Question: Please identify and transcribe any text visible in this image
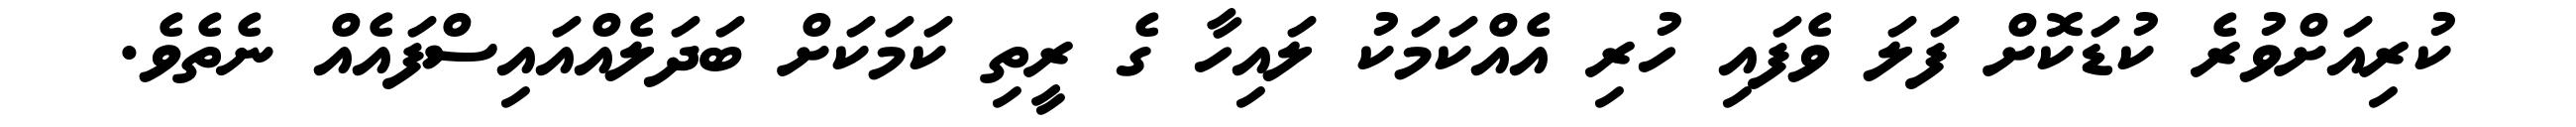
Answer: ކުރިއަށްވުރެ ކުޑަކޮށް ފަލަ ވެފައި ހުރި އެއްކަމަކު ލައިހާ ގެ ރީތި ކަމަކަށް ބަދަލެއްއައިސްފައެއް ނެތެވެ.